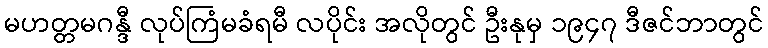
မဟတ္တမဂန္ဒီ လုပ်ကြံမခံရမီ လပိုင်း အလိုတွင် ဦးနုမှ ၁၉၄၇ ဒီဇင်ဘာတွင်